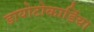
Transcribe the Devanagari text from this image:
डायोटोकार्डिया